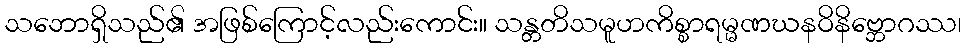
သဘောရှိသည်၏ အဖြစ်ကြောင့်လည်းကောင်း။ သန္တတိသမူဟကိစ္စာရမ္မဏဃနဝိနိဗ္ဘောဂဿ၊